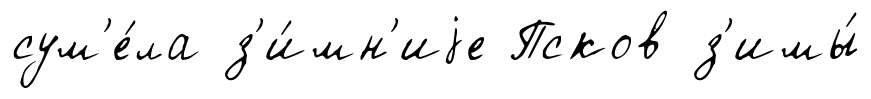
сум'е́ла з'и́мн'иjе Псков з'имы́